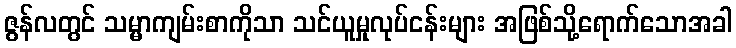
ဇွန်လတွင် သမ္မာကျမ်းစာကိုသာ သင်ယူမှုလုပ်ငန်းများ အဖြစ်သို့ရောက်သောအခါ